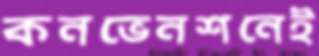
কনভেনশনেই